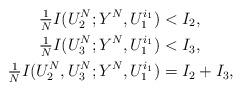
LaTeX: \begin{align*} \tfrac1N I(U_2^N;Y^N,U_1^{i_1}) &< I_2, \\ \tfrac1N I(U_3^N;Y^N,U_1^{i_1}) &< I_3, \\ \tfrac1N I(U_2^N,U_3^N;Y^N,U_1^{i_1}) &= I_2 + I_3,\end{align*}